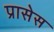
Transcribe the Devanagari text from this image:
प्रासेस